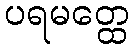
ပရမတ္ထေ